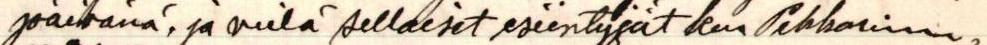
päivänä, ja vielä sellaiset esiintyjät kun Pekkarinen,